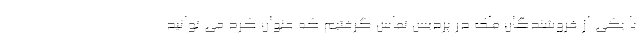
با یکی از فروشندگان ملک در پردیس تماس گرفتیم که عنوان کرد می توانید